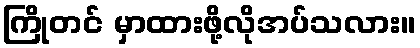
ကြိုတင် မှာထားဖို့လိုအပ်သလား။